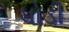
ધોડી